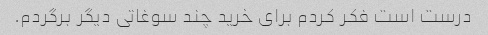
درست است فکر کردم برای خرید چند سوغاتی دیگر برگردم.